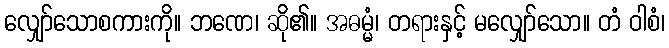
လျှော်သောစကားကို။ ဘဏေ၊ ဆို၏။ အဓမ္မံ၊ တရားနှင့် မလျှော်သော။ တံ ဝါစံ၊